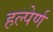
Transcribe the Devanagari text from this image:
हल्पेर्ण